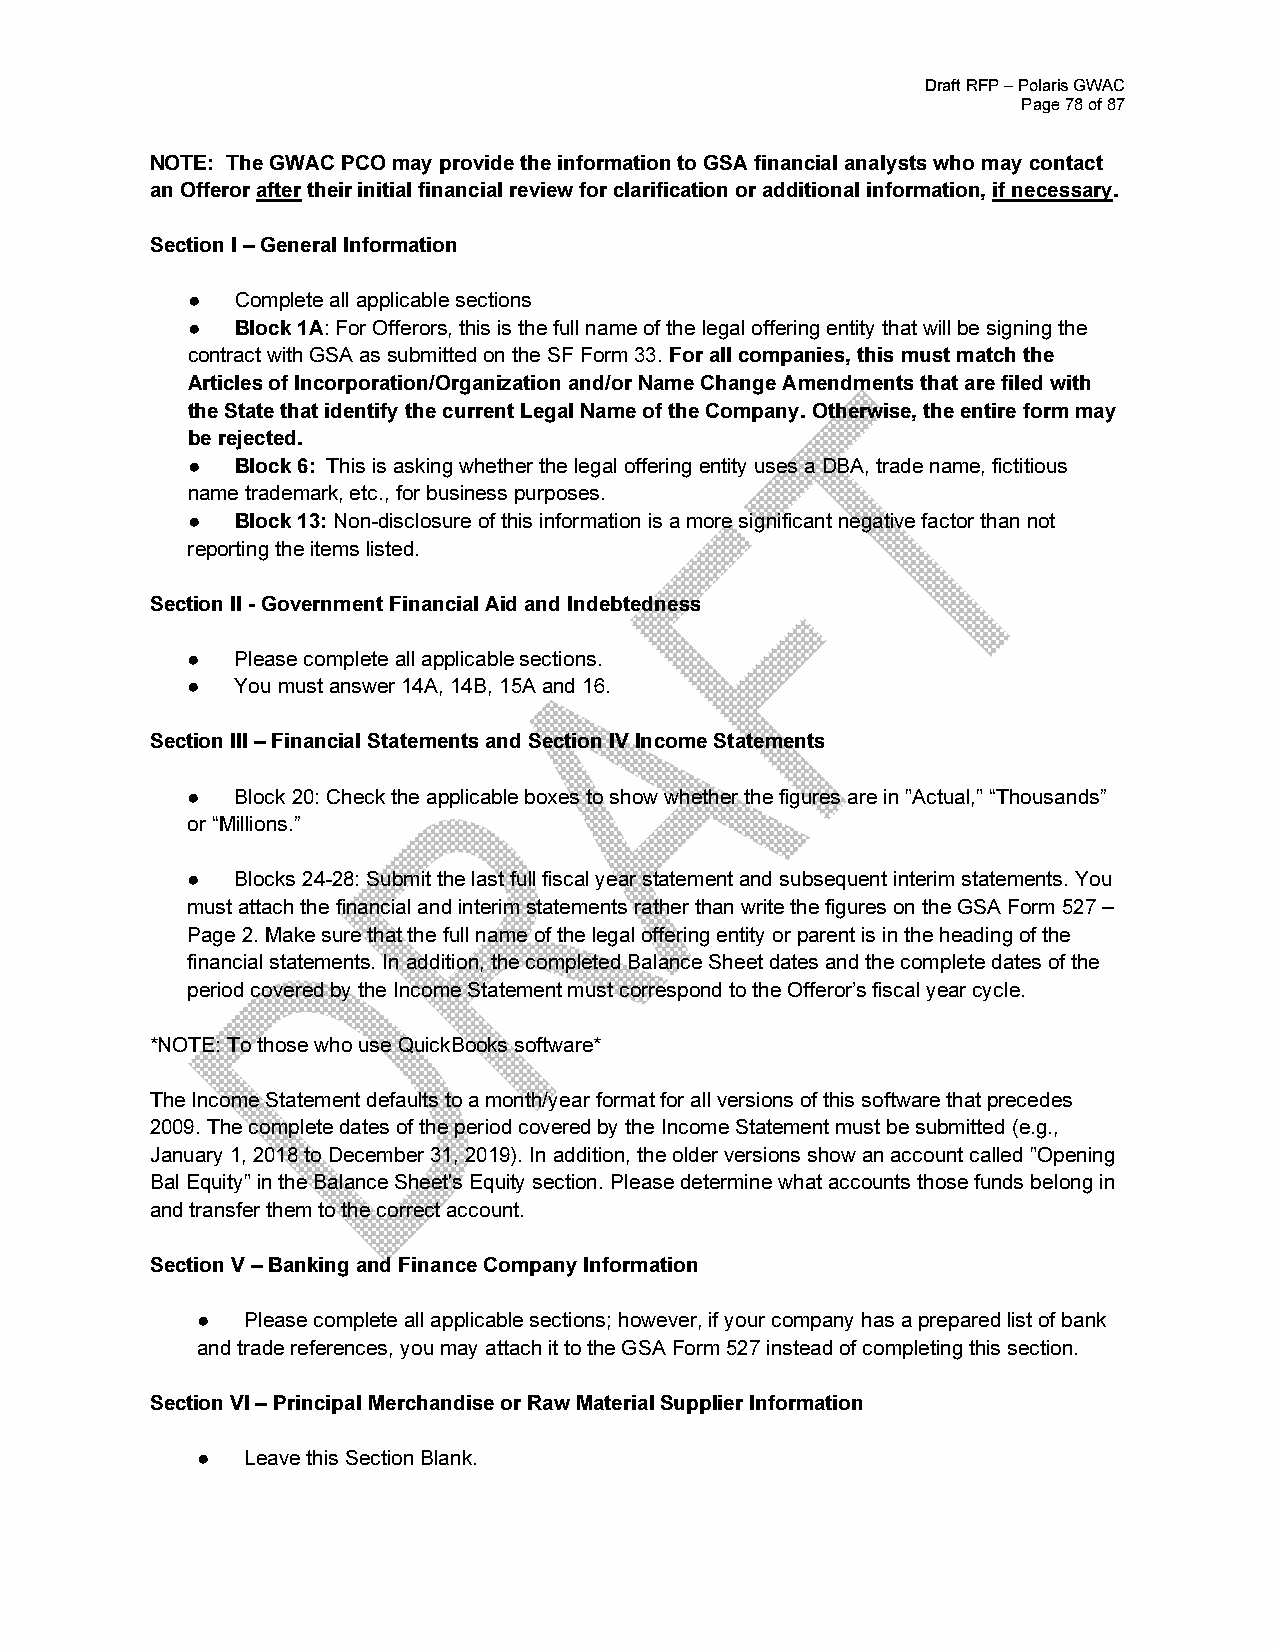
Draft RFP – Polaris GWAC
 Page 78 of 87
 NOTE: The GWAC PCO may provide the information to GSA financial analysts who may contact
 an Offeror after their initial financial review for clarification or additional information, if necessary.
 Section I – General Information
 ●   Complete all applicable sections
 ●   Block 1A: For Offerors, this is the full name of the legal offering entity that will be signing the
 contract with GSA as submitted on the SF Form 33. For all companies, this must match the
 Articles of Incorporation/Organization and/or Name Change Amendments that are filed with
 the State that identify the current Legal Name of the Company. Otherwise, the entire form may
 be rejected.
 ●   Block 6: This is asking whether the legal offering entity uses a DBA, trade name, fictitious
 name trademark, etc., for business purposes.
 ●   Block 13: Non-disclosure of this information is a more significant negative factor than not
 reporting the items listed.
 Section II - Government Financial Aid and Indebtedness
 ●   Please complete all applicable sections.
 ●   You must answer 14A, 14B, 15A and 16.
 Section III – Financial Statements and Section IV Income Statements
 ●   Block 20: Check the applicable boxes to show whether the figures are in "Actual," “Thousands”
 or “Millions.”
 ●   Blocks 24-28: Submit the last full fiscal year statement and subsequent interim statements. You
 must attach the financial and interim statements rather than write the figures on the GSA Form 527 –
 Page 2. Make sure that the full name of the legal offering entity or parent is in the heading of the
 financial statements. In addition, the completed Balance Sheet dates and the complete dates of the
 period covered by the Income Statement must correspond to the Offeror’s fiscal year cycle.
 *NOTE: To those who use QuickBooks software*
 The Income Statement defaults to a month/year format for all versions of this software that precedes
 2009. The complete dates of the period covered by the Income Statement must be submitted (e.g.,
 January 1, 2018 to December 31, 2019). In addition, the older versions show an account called "Opening
 Bal Equity" in the Balance Sheet's Equity section. Please determine what accounts those funds belong in
 and transfer them to the correct account.
 Section V – Banking and Finance Company Information
 ●  Please complete all applicable sections; however, if your company has a prepared list of bank
 and trade references, you may attach it to the GSA Form 527 instead of completing this section.
 Section VI – Principal Merchandise or Raw Material Supplier Information
 ●  Leave this Section Blank.